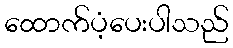
ထောက်ပံ့ပေးပါသည်